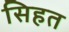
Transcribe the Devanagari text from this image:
सिहत